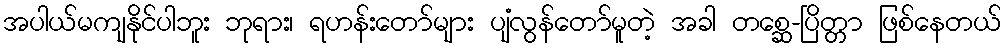
အပါယ်မကျနိုင်ပါဘူး ဘုရား၊ ရဟန်းတော်များ ပျံလွန်တော်မူတဲ့ အခါ တစ္ဆေ-ပြိတ္တာ ဖြစ်နေတယ်